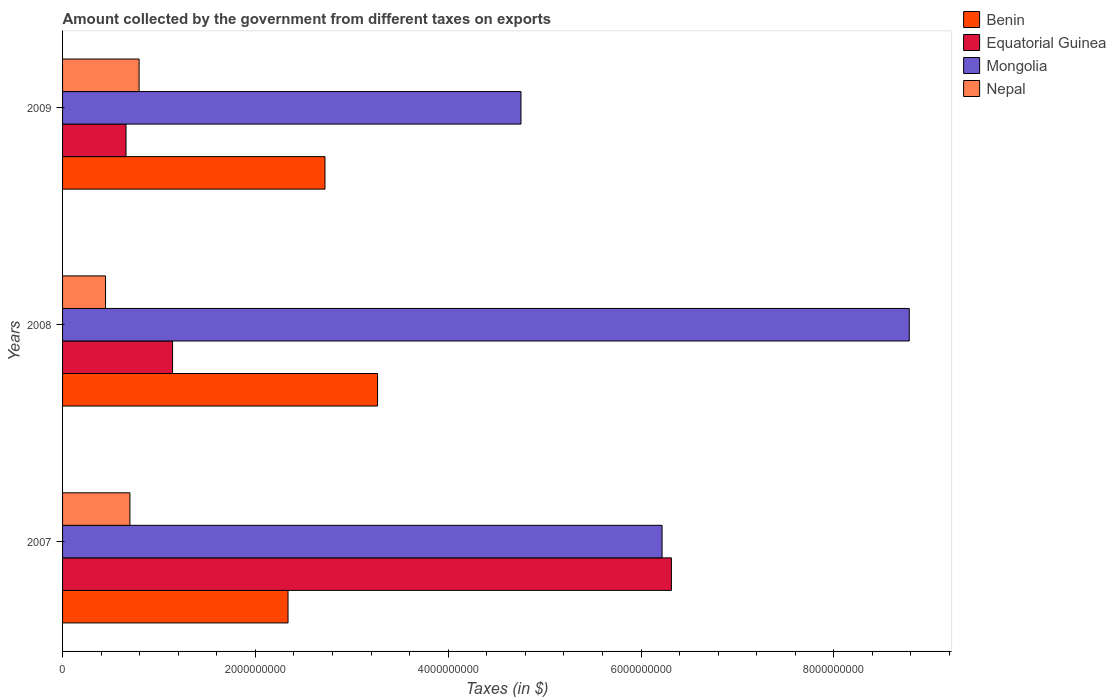
| Years | Benin | Equatorial Guinea | Mongolia | Nepal |
 | --- | --- | --- | --- | --- |
 | 2007 | 2.34e+09 | 6.32e+09 | 6.22e+09 | 6.99e+08 |
 | 2008 | 3.27e+09 | 1.14e+09 | 8.78e+09 | 4.46e+08 |
 | 2009 | 2.72e+09 | 6.58e+08 | 4.75e+09 | 7.94e+08 |